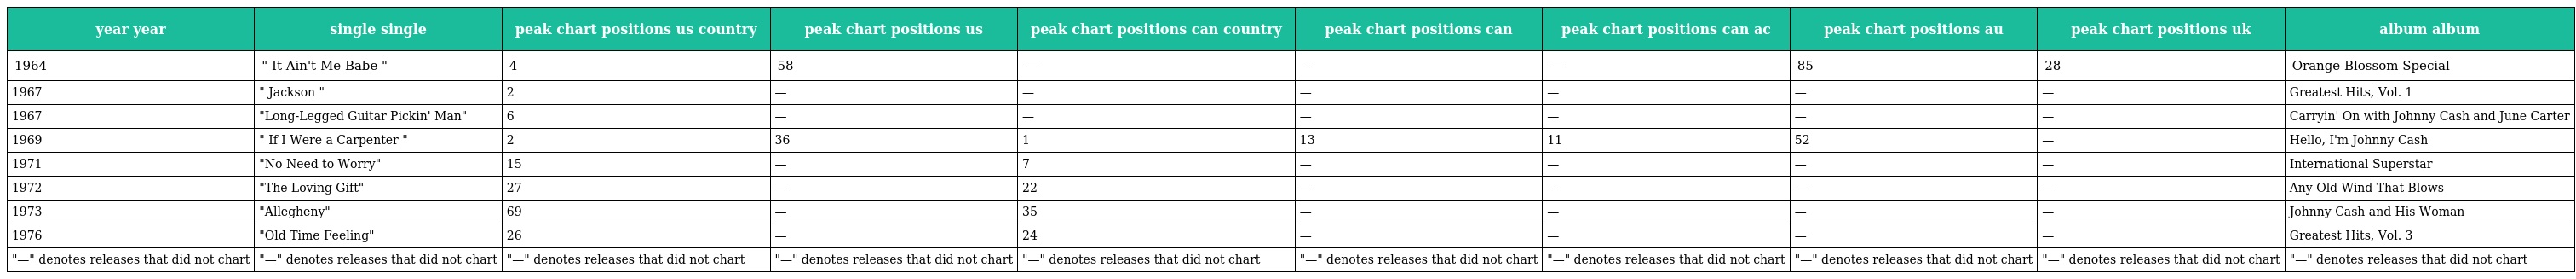
| year year | single single | peak chart positions us country | peak chart positions us | peak chart positions can country | peak chart positions can | peak chart positions can ac | peak chart positions au | peak chart positions uk | album album |
 | --- | --- | --- | --- | --- | --- | --- | --- | --- | --- |
 | 1964 | " It Ain't Me Babe " | 4 | 58 | — | — | — | 85 | 28 | Orange Blossom Special |
 | 1967 | " Jackson " | 2 | — | — | — | — | — | — | Greatest Hits, Vol. 1 |
 | 1967 | "Long-Legged Guitar Pickin' Man" | 6 | — | — | — | — | — | — | Carryin' On with Johnny Cash and June Carter |
 | 1969 | " If I Were a Carpenter " | 2 | 36 | 1 | 13 | 11 | 52 | — | Hello, I'm Johnny Cash |
 | 1971 | "No Need to Worry" | 15 | — | 7 | — | — | — | — | International Superstar |
 | 1972 | "The Loving Gift" | 27 | — | 22 | — | — | — | — | Any Old Wind That Blows |
 | 1973 | "Allegheny" | 69 | — | 35 | — | — | — | — | Johnny Cash and His Woman |
 | 1976 | "Old Time Feeling" | 26 | — | 24 | — | — | — | — | Greatest Hits, Vol. 3 |
 | "—" denotes releases that did not chart | "—" denotes releases that did not chart | "—" denotes releases that did not chart | "—" denotes releases that did not chart | "—" denotes releases that did not chart | "—" denotes releases that did not chart | "—" denotes releases that did not chart | "—" denotes releases that did not chart | "—" denotes releases that did not chart | "—" denotes releases that did not chart |